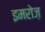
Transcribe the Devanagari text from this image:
इमरोज़